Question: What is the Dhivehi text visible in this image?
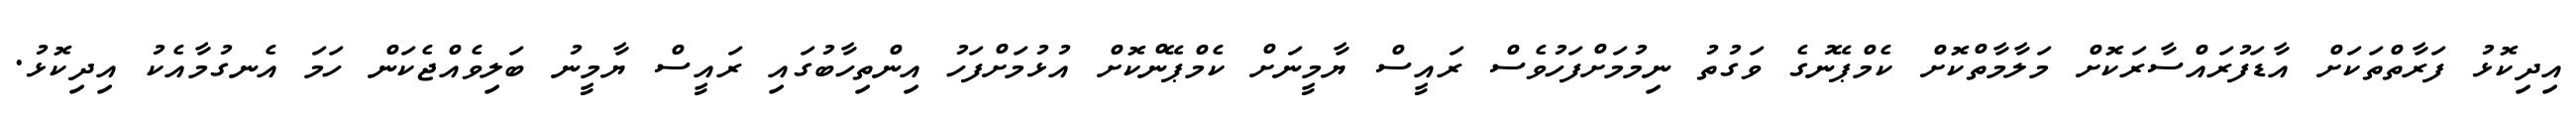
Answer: އިދިކޮޅު ފަރާތްތަކަށް އާޑަފުރައްސާރަކޮށް މަލާމާތްކޮށް ކެމްޕޭނުގެ ވަގުތު ނިމުމަށްފަހުވެސް ރައީސް ޔާމީނަށް ކެމްޕޭންކޮށް އުޅުމަށްފަހު އިންތިހާބުގައި ރައީސް ޔާމީނު ބަލިވެއްޖެކަން ހަމަ އެނގުމާއެކު އިދިކޮޅު.